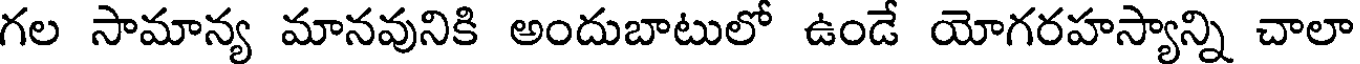
గల సామాన్య మానవునికి అందుబాటులో ఉండే యోగరహస్యాన్ని చాలా